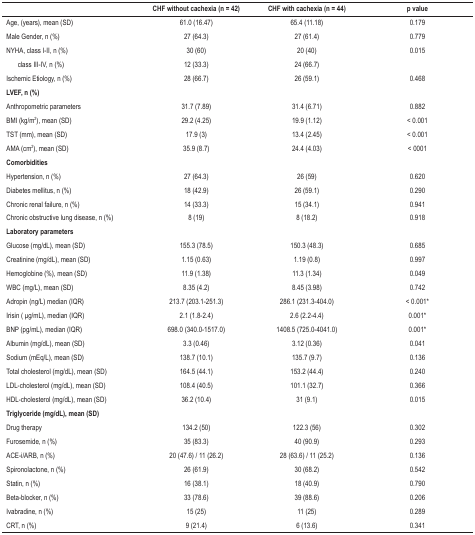
<table><thead><tr><td><b> </b></td><td><b>CHF without cachexia (n = 42)</b></td><td><b>CHF with cachexia (n = 44)</b></td><td><b>p value</b></td></tr></thead><tbody><tr><td>Age, (years), mean (SD)</td><td>61.0 (16.47)</td><td>65.4 (11.18)</td><td>0.179</td></tr><tr><td>Male Gender, n (%)</td><td>27 (64.3)</td><td>27 (61.4)</td><td>0.779</td></tr><tr><td>NYHA, class I-II, n (%)</td><td>30 (60)</td><td>20 (40)</td><td>0.015</td></tr><tr><td>class III-IV, n (%)</td><td>12 (33.3)</td><td>24 (66.7)</td><td> </td></tr><tr><td>Ischemic Etiology, n (%)</td><td>28 (66.7)</td><td>26 (59.1)</td><td>0.468</td></tr><tr><td><b>LVEF, n (%)</b></td><td> </td><td> </td><td> </td></tr><tr><td>Anthropometric parameters</td><td>31.7 (7.89)</td><td>31.4 (6.71)</td><td>0.882</td></tr><tr><td>BMI (kg/m<sup>2</sup>), mean (SD)</td><td>29.2 (4.25)</td><td>19.9 (1.12)</td><td>&lt; 0.001</td></tr><tr><td>TST (mm), mean (SD)</td><td>17.9 (3)</td><td>13.4 (2.45)</td><td>&lt; 0.001</td></tr><tr><td>AMA (cm<sup>2</sup>), mean (SD)</td><td>35.9 (8.7)</td><td>24.4 (4.03)</td><td>&lt; 0001</td></tr><tr><td><b>Comorbidities</b></td><td> </td><td> </td><td> </td></tr><tr><td>Hypertension, n (%)</td><td>27 (64.3)</td><td>26 (59)</td><td>0.620</td></tr><tr><td>Diabetes mellitus, n (%)</td><td>18 (42.9)</td><td>26 (59.1)</td><td>0.290</td></tr><tr><td>Chronic renal failure, n (%)</td><td>14 (33.3)</td><td>15 (34.1)</td><td>0.941</td></tr><tr><td>Chronic obstructive lung disease, n (%)</td><td>8 (19)</td><td>8 (18.2)</td><td>0.918</td></tr><tr><td><b>Laboratory parameters</b></td><td> </td><td> </td><td> </td></tr><tr><td>Glucose (mg/dL), mean (SD)</td><td>155.3 (78.5)</td><td>150.3 (48.3)</td><td>0.685</td></tr><tr><td>Creatinine (mg/dL), mean (SD)</td><td>1.15 (0.63)</td><td>1.19 (0.8)</td><td>0.997</td></tr><tr><td>Hemoglobine (%), mean (SD)</td><td>11.9 (1.38)</td><td>11.3 (1.34)</td><td>0.049</td></tr><tr><td>WBC (mg/L), mean (SD)</td><td>8.35 (4.2)</td><td>8.45 (3.98)</td><td>0.742</td></tr><tr><td>Adropin (ng/L) median (IQR)</td><td>213.7 (203.1-251.3)</td><td>286.1 (231.3-404.0)</td><td>&lt; 0.001*</td></tr><tr><td>Irisin ( μg/mL), median (IQR)</td><td>2.1 (1.8-2.4)</td><td>2.6 (2.2-4.4)</td><td>0.001*</td></tr><tr><td>BNP (pg/mL), median (IQR)</td><td>698.0 (340.0-1517.0)</td><td>1408.5 (725.0-4041.0)</td><td>0.001*</td></tr><tr><td>Albumin (mg/dL), mean (SD)</td><td>3.3 (0.46)</td><td>3.12 (0.36)</td><td>0.041</td></tr><tr><td>Sodium (mEq/L), mean (SD)</td><td>138.7 (10.1)</td><td>135.7 (9.7)</td><td>0.136</td></tr><tr><td>Total cholesterol (mg/dL), mean (SD)</td><td>164.5 (44.1)</td><td>153.2 (44.4)</td><td>0.240</td></tr><tr><td>LDL-cholesterol (mg/dL), mean (SD)</td><td>108.4 (40.5)</td><td>101.1 (32.7)</td><td>0.366</td></tr><tr><td>HDL-cholesterol (mg/dL), mean (SD)</td><td>36.2 (10.4)</td><td>31 (9.1)</td><td>0.015</td></tr><tr><td><b>Triglyceride (mg/dL), mean (SD)</b></td><td> </td><td> </td><td> </td></tr><tr><td>Drug therapy</td><td>134.2 (50)</td><td>122.3 (56)</td><td>0.302</td></tr><tr><td>Furosemide, n (%)</td><td>35 (83.3)</td><td>40 (90.9)</td><td>0.293</td></tr><tr><td>ACE-i/ARB, n (%)</td><td>20 (47.6) / 11 (26.2)</td><td>28 (63.6) / 11 (25.2)</td><td>0.136</td></tr><tr><td>Spironolactone, n (%)</td><td>26 (61.9)</td><td>30 (68.2)</td><td>0.542</td></tr><tr><td>Statin, n (%)</td><td>16 (38.1)</td><td>18 (40.9)</td><td>0.790</td></tr><tr><td>Beta-blocker, n (%)</td><td>33 (78.6)</td><td>39 (88.6)</td><td>0.206</td></tr><tr><td>Ivabradine, n (%)</td><td>15 (25)</td><td>11 (25)</td><td>0.289</td></tr><tr><td>CRT, n (%)</td><td>9 (21.4)</td><td>6 (13.6)</td><td>0.341</td></tr></tbody></table>